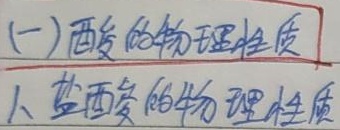
(一) 酸的物理性质
1. 盐酸的物理性质